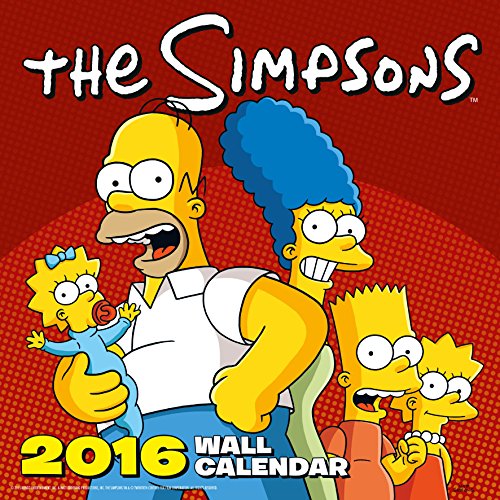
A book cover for The Official the Simpsons 2016 Square Calendar; Calendars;